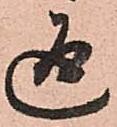
通